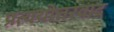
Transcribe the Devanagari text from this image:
प्रत्ययोत्तरवाद